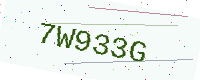
Text: 7W933G